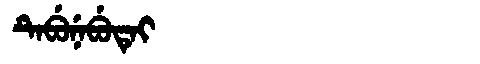
Manchu: ᡨᡝᠪᡠᠨᡝᠪᡠᡨᡝᡳ
Romanization: TEBUNEBUTEI